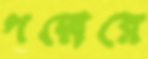
পদ্মেরে